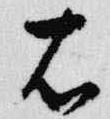
右